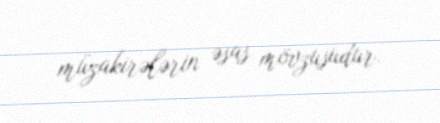
müzakirələrin əsas mövzusudur.